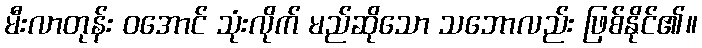
မီးလာတုန်း ဝအောင် သုံးလိုက် မည်ဆိုသော သဘောလည်း ဖြစ်နိုင်၏။